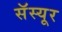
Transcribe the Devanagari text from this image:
सॅस्यूर